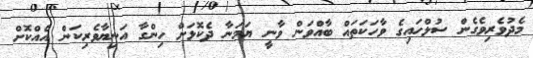
މެދުވެރިވެގެން ސުލްހައިގެ ވާހަކަތައް ބާއްވަން ވާނީ ޔަމަނާ ދެކޮޅަށް ހިންގާ އަނިޔާވެރިކަން އެއްކޮށް